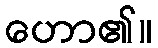
ဟော၏။